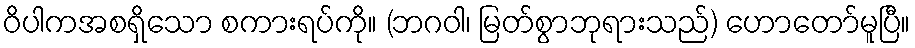
ဝိပါကအစရှိသော စကားရပ်ကို။ (ဘဂဝါ၊ မြတ်စွာဘုရားသည်) ဟောတော်မူပြီ။